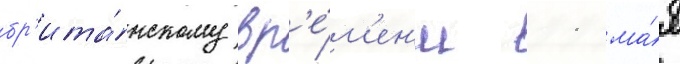
бр'ита́нскому вр'е́м'ен'и 11 ма́я